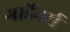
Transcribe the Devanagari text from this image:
गार्डेनर्स